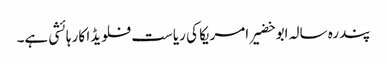
پندرہ سالہ ابو خضیر امریکا کی ریاست فلویڈا کا رہائشی ہے۔